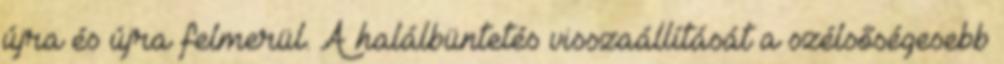
újra és újra felmerül. A halálbüntetés visszaállítását a szélsőségesebb